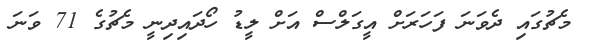
މެޗުގައި ދެވަނަ ފަހަރަށް އީގަލްސް އަށް ލީޑު ހޯދައިދިނީ މެޗުގެ 71 ވަނަ